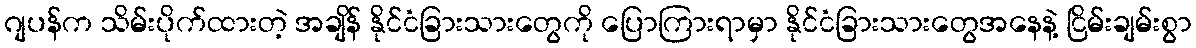
ဂျပန်က သိမ်းပိုက်ထားတဲ့ အချိန် နိုင်ငံခြားသားတွေကို ပြောကြားရာမှာ နိုင်ငံခြားသားတွေအနေနဲ့ ငြိမ်းချမ်းစွာ